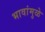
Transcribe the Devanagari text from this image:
भावांमुळे